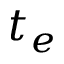
t _ { e }